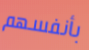
بأنفسهم